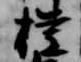
権